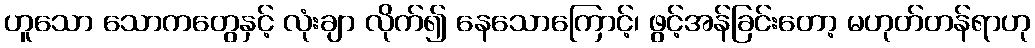
ဟူသော သောကတွေနှင့် လုံးချာ လိုက်၍ နေသောကြောင့်၊ ဖွင့်အန်ခြင်းတော့ မဟုတ်တန်ရာဟု